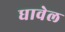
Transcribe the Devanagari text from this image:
धावेल